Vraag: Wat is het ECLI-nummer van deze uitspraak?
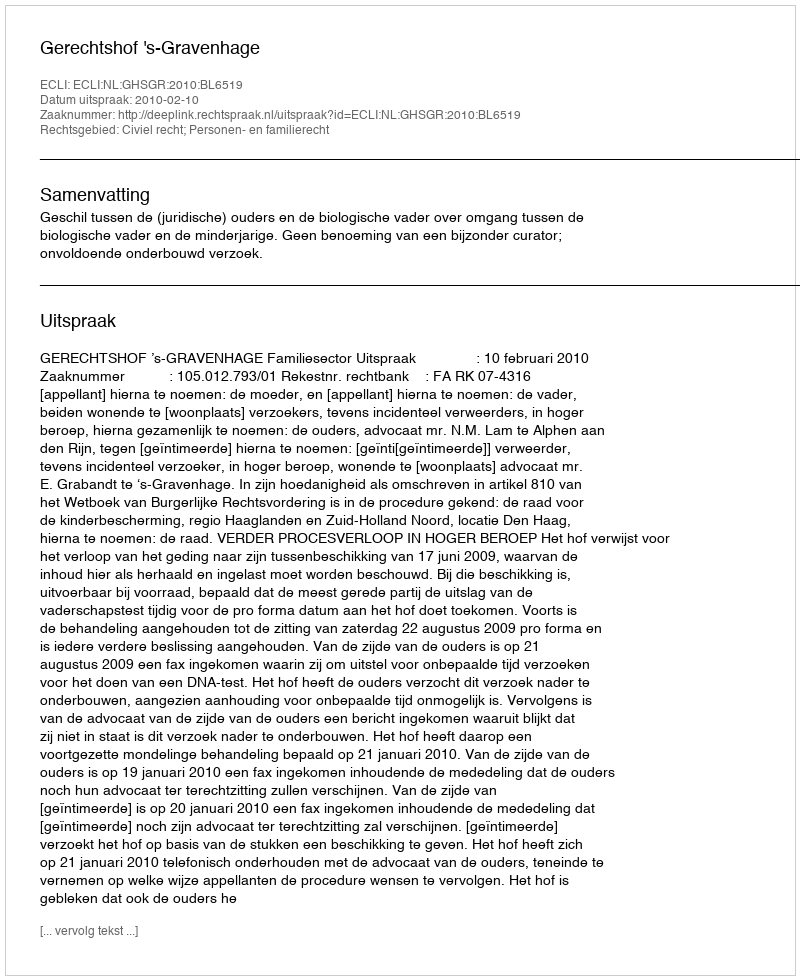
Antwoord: ECLI:NL:GHSGR:2010:BL6519